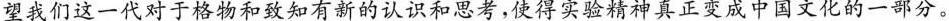
望我们这一代对于格物和致知有新的认识和思考，使得实验精神真正变成中国文化的一部分。